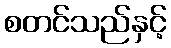
စတင်သည်နှင့်